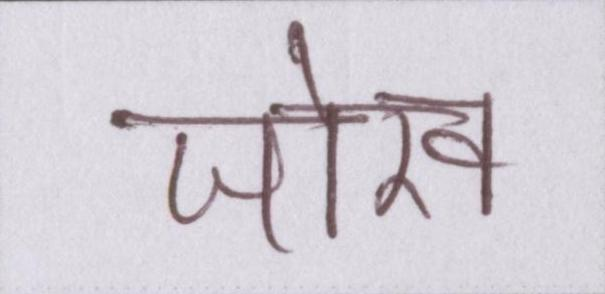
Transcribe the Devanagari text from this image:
जोख